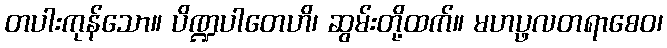
တပါးကုန်သော။ ပိဏ္ဍပါတေဟိ၊ ဆွမ်းတို့ထက်။ မဟပ္ဖလတရာစေဝ၊